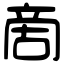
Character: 啇